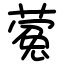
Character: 蒬